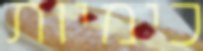
כימיות